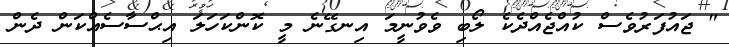
" ޖައުފަރުވެސް ކުއްޖެއްދެކެ ލޯބި ވެވުނީމަ އިނގޭނެ މީ ކޮންކަހަލަ އިޙްސާސެއްކަން ދެން